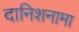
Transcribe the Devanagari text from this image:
दानिशनामा